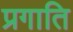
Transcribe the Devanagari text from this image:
प्रगाति